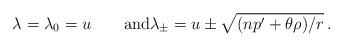
LaTeX: \begin{align*}\lambda=\lambda_0=u\qquad\textrm{and}\lambda_\pm=u\pm\sqrt{(np'+\theta\rho)/r}\,.\end{align*}